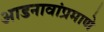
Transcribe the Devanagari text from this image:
आडनावांप्रमाणे